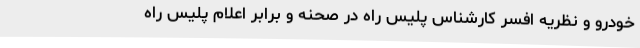
خودرو و نظریه افسر کارشناس پلیس راه در صحنه و برابر اعلام پلیس راه